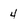
Character: 4